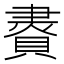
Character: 𧷇